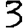
Digit: 3